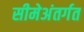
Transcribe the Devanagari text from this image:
सीमेअंतर्गत